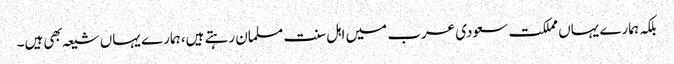
بلکہ ہمارے یہاں مملکت سعودی عرب میں اہل سنت مسلمان رہتے ہیں، ہمارے یہاں شیعہ بهی ہیں۔